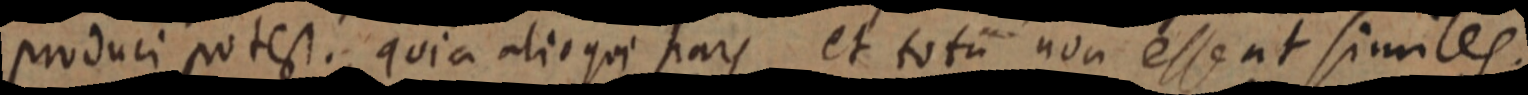
produci potest. quia alioqui pars et totum non esse ut similes.